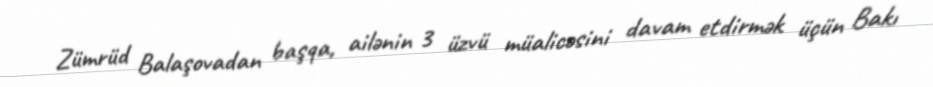
Zümrüd Balaşovadan başqa, ailənin 3 üzvü müalicəsini davam etdirmək üçün Bakı